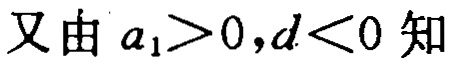
又由 \(a_{1}>0,d<0\) 知